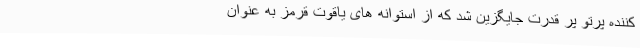
کننده پرتو پر قدرت جایگزین شد که از استوانه های یاقوت قرمز به عنوان